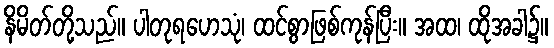
နိမိတ်တို့သည်။ ပါတုရဟေသုံ၊ ထင်စွာဖြစ်ကုန်ပြီး။ အထ၊ ထိုအခါ၌။